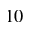
_ { 1 0 }